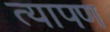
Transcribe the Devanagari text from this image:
त्यापण